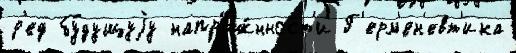
р'ед бу́дущуjу напр'яж́нност'и Г'ерм'ен'евт'ика